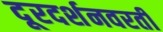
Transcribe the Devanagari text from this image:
दूरदर्शनवरती